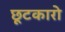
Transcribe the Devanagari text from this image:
छूटकारो